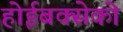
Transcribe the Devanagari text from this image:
होईबक्सेको